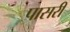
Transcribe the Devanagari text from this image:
पासरी